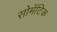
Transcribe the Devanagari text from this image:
सोमॅटिक